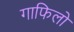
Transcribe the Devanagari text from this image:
गाफिलो